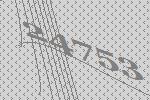
24753